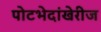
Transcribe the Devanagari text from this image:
पोटभेदांखेरीज